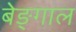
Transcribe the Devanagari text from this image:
बेङ्गाल